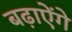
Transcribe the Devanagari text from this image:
बढ़ाऐेंगे